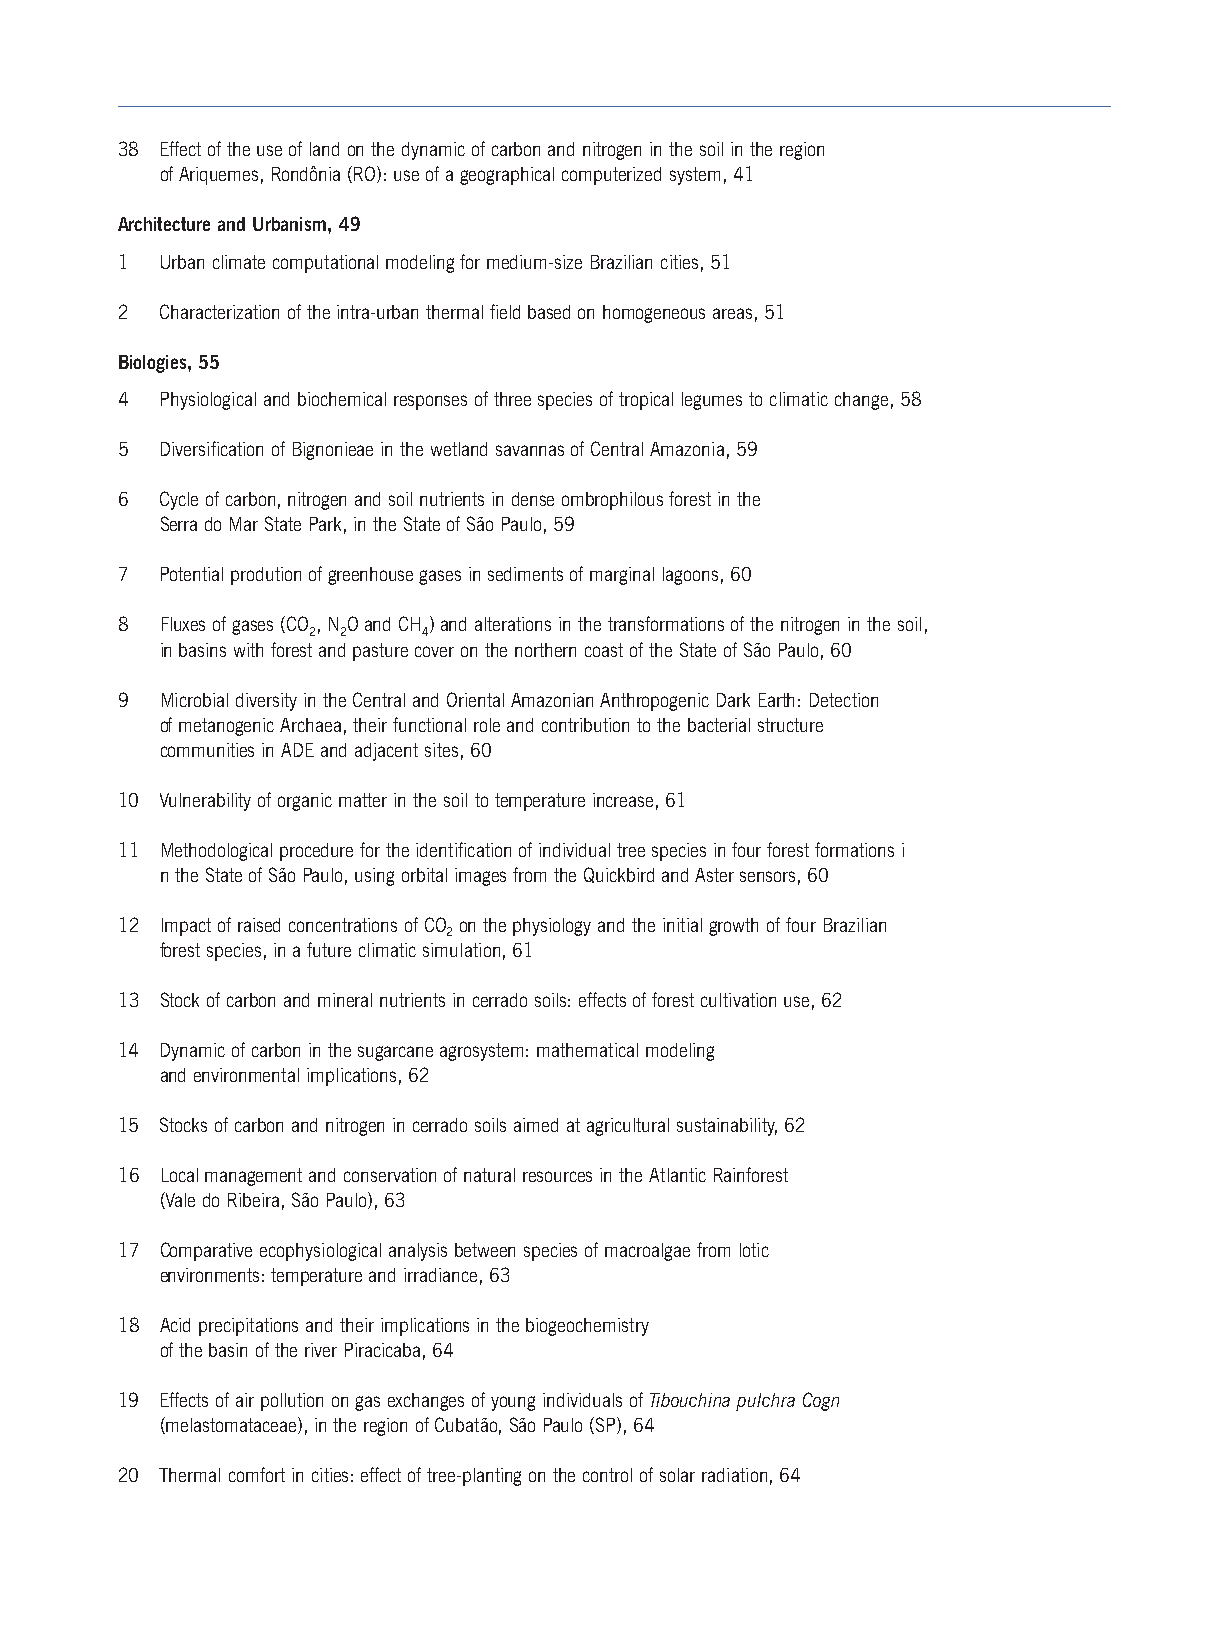
38 Effect of the use of land on the dynamic of carbon and nitrogen in the soil in the region
 ofAriquemes, Rondônia (RO): use of a geographical computerized system, 41
 Architecture and Urbanism, 49
 1  Urban climate computational modeling for medium-size Brazilian cities, 51
 2  Characterization of the intra-urban thermal field based on homogeneous areas, 51
 Biologies, 55
 4  Physiological and biochemical responses of three species of tropical legumes to climatic change, 58
 5  Diversification of Bignonieae in the wetland savannas of Central Amazonia, 59
 6  Cycle of carbon, nitrogen and soil nutrients in dense ombrophilous forest in the
 Serra do Mar State Park, in the State of São Paulo, 59
 7  Potential prodution of greenhouse gases in sediments of marginal lagoons, 60
 8  Fluxes of gases (CO ,N Oand CH )and alterations in the transformations of the nitrogen in the soil,
 2 2     4
 in basins with forest and pasture cover on the northern coast of the State of São Paulo, 60
 9  Microbial diversity in the Central and Oriental Amazonian Anthropogenic Dark Earth: Detection
 of metanogenic Archaea, their functional role and contribution to the bacterial structure
 communities in ADE and adjacent sites, 60
 10 Vulnerability of organic matter in the soil to temperature increase, 61
 11 Methodological procedure for the identification of individual tree species in four forest formations i
 nthe State of São Paulo, using orbital images from the Quickbird and Aster sensors, 60
 12 Impact of raised concentrations of CO on the physiology and the initial growth of four Brazilian
 2
 forest species, in a future climatic simulation, 61
 13 Stock of carbon and mineral nutrients in cerrado soils: effects of forest cultivation use, 62
 14 Dynamic of carbon in the sugarcane agrosystem: mathematical modeling
 and environmental implications, 62
 15 Stocks of carbon and nitrogen in cerrado soils aimed at agricultural sustainability, 62
 16 Local management and conservation of natural resources in the Atlantic Rainforest
 (Vale do Ribeira, São Paulo), 63
 17 Comparative ecophysiological analysis between species of macroalgae from lotic
 environments: temperature and irradiance, 63
 18 Acid precipitations and their implications in the biogeochemistry
 of the basin of the river Piracicaba, 64
 19 Effects of air pollution on gas exchanges of young individuals of Tibouchina pulchra Cogn
 (melastomataceae), in the region of Cubatão,São Paulo (SP), 64
 20 Thermal comfort in cities: effect of tree-planting on the control of solar radiation, 64